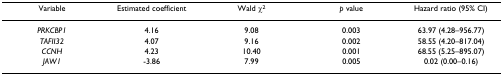
<table><thead><tr><td><b>Variable</b></td><td><b>Estimated coefficient</b></td><td><b>Wald χ<sup>2</sup></b></td><td><b><i>p </i>value</b></td><td><b>Hazard ratio (95% CI)</b></td></tr></thead><tbody><tr><td><i>PRKCBP1</i></td><td>4.16</td><td>9.08</td><td>0.003</td><td>63.97 (4.28–956.77)</td></tr><tr><td><i>TAFII32</i></td><td>4.07</td><td>9.16</td><td>0.002</td><td>58.55 (4.20–817.04)</td></tr><tr><td><i>CCNH</i></td><td>4.23</td><td>10.40</td><td>0.001</td><td>68.55 (5.25–895.07)</td></tr><tr><td><i>JAW1</i></td><td>-3.86</td><td>7.99</td><td>0.005</td><td>0.02 (0.00–0.16)</td></tr></tbody></table>